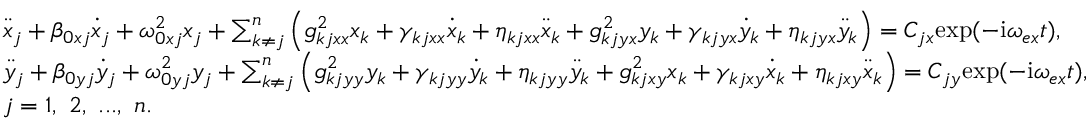
\begin{array} { r l } & { \ddot { x } _ { j } + \beta _ { 0 x j } \dot { x } _ { j } + \omega _ { 0 x j } ^ { 2 } x _ { j } + \sum _ { k \neq j } ^ { n } \left( g _ { k j x x } ^ { 2 } x _ { k } + \gamma _ { k j x x } \dot { x } _ { k } + \eta _ { k j x x } \ddot { x } _ { k } + g _ { k j y x } ^ { 2 } y _ { k } + \gamma _ { k j y x } \dot { y } _ { k } + \eta _ { k j y x } \ddot { y } _ { k } \right) = C _ { j x } \mathrm { e x p } ( - \mathrm { i } \omega _ { e x } t ) , } \\ & { \ddot { y } _ { j } + \beta _ { 0 y j } \dot { y } _ { j } + \omega _ { 0 y j } ^ { 2 } y _ { j } + \sum _ { k \neq j } ^ { n } \left( g _ { k j y y } ^ { 2 } y _ { k } + \gamma _ { k j y y } \dot { y } _ { k } + \eta _ { k j y y } \ddot { y } _ { k } + g _ { k j x y } ^ { 2 } x _ { k } + \gamma _ { k j x y } \dot { x } _ { k } + \eta _ { k j x y } \ddot { x } _ { k } \right) = C _ { j y } \mathrm { e x p } ( - \mathrm { i } \omega _ { e x } t ) , } \\ & { j = 1 , ~ 2 , ~ . . . , ~ n . } \end{array}